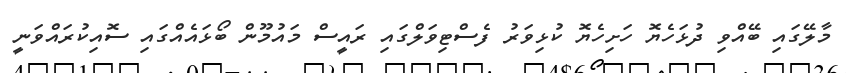
މާލޭގައި ބޭއްވި ދުޅަހެޔޮ ހަށިހެޔޮ ކުޅިވަރު ފެސްޓިވަލްގައި ރައީސް މައުމޫން ބޯޅައެއްގައި ސޮއިކުރައްވަނީ